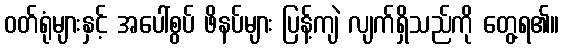
ဝတ်ရုံများနှင့် အပေါ်စွပ် ဖိနပ်များ ပြန့်ကျဲ လျက်ရှိသည်ကို တွေ့ရ၏။